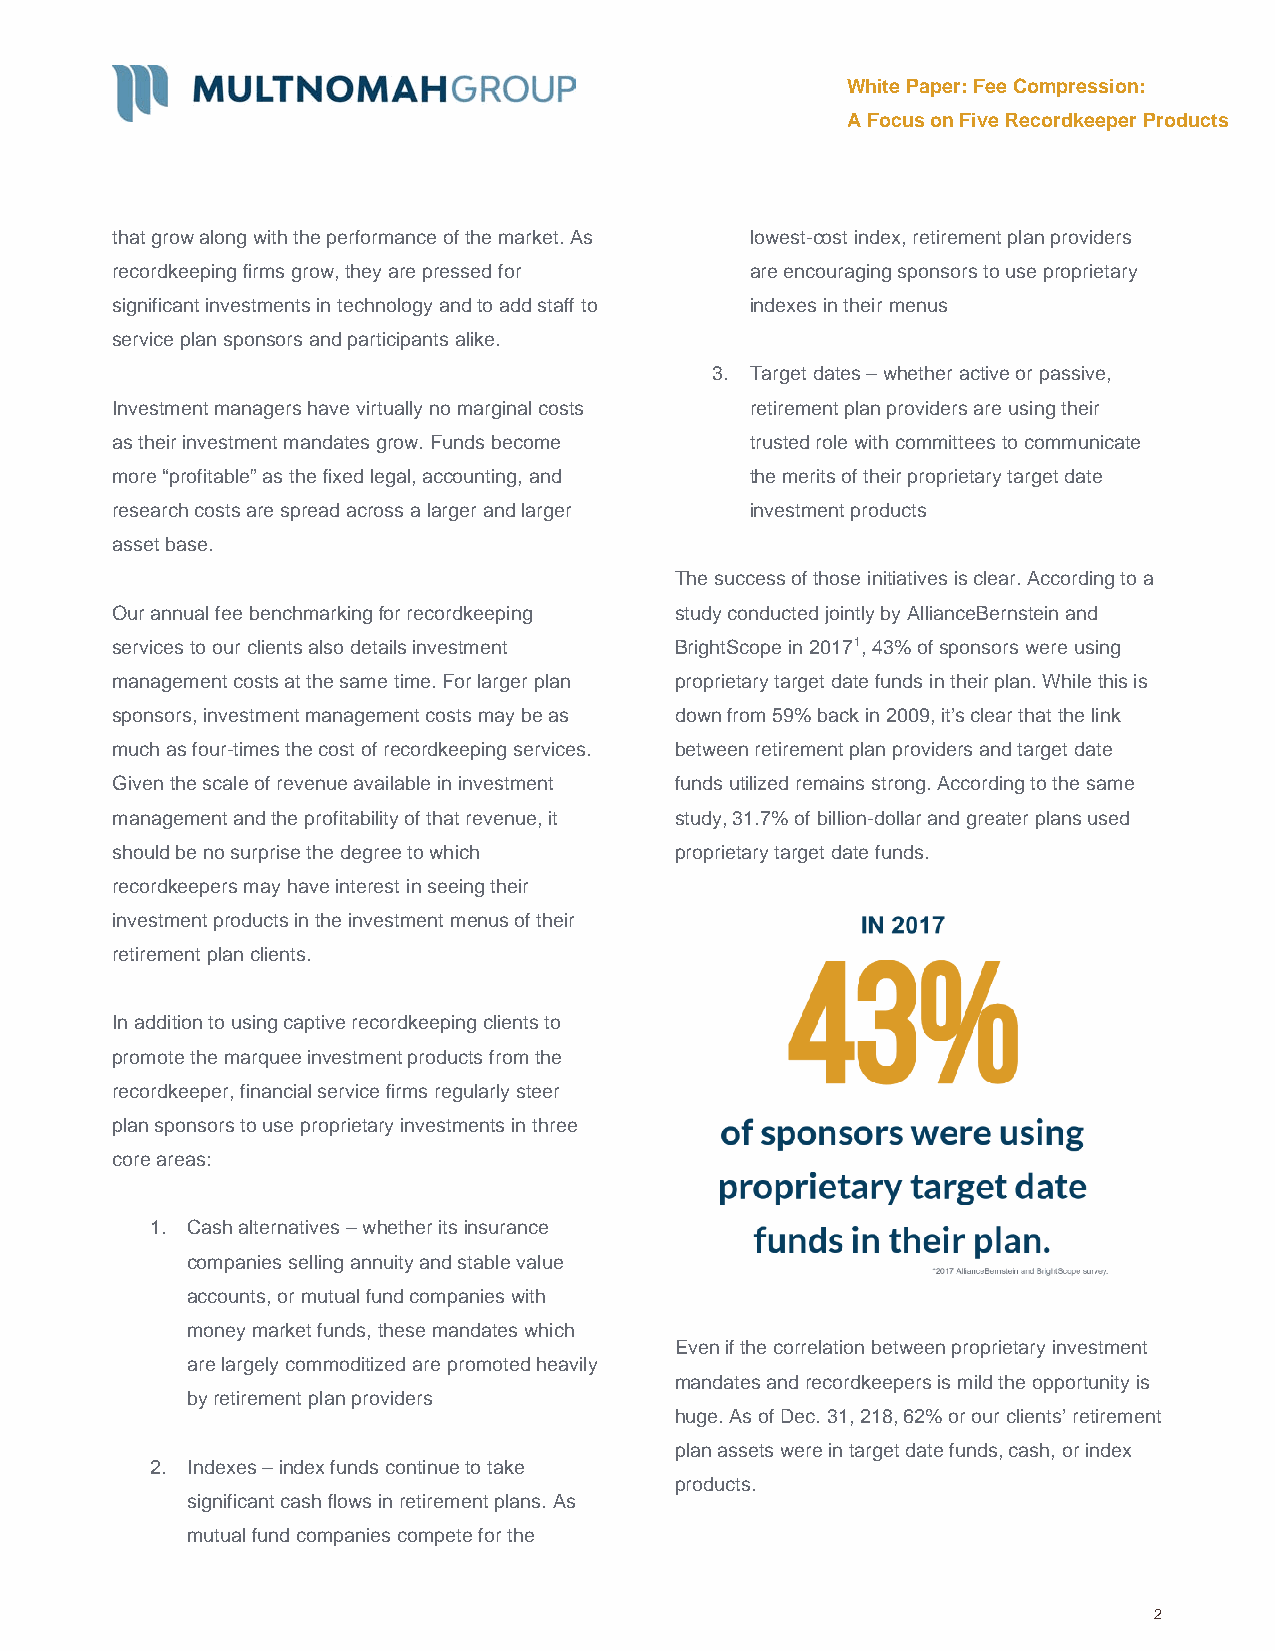
White Paper: Fee Compression:
 A Focus on Five Recordkeeper Products
 that grow along with the performance of the market. As lowest-cost index, retirement plan providers
 recordkeeping firms grow, they are pressed for are encouraging sponsors to use proprietary
 significant investments in technology and to add staff to indexes in their menus
 service plan sponsors and participants alike.
 3. Target dates – whether active or passive,
 Investment managers have virtually no marginal costs retirement plan providers are using their
 as their investment mandates grow. Funds become trusted role with committees to communicate
 more “profitable” as the fixed legal, accounting, and the merits of their proprietary target date
 research costs are spread across a larger and larger investment products
 asset base.
 The success of those initiatives is clear. According to a
 Our annual fee benchmarking for recordkeeping study conducted jointly by AllianceBernstein and
 services to our clients also details investment BrightScope in 20171, 43% of sponsors were using
 management costs at the same time. For larger plan proprietary target date funds in their plan. While this is
 sponsors, investment management costs may be as down from 59% back in 2009, it’s clear that the link
 much as four-times the cost of recordkeeping services. between retirement plan providers and target date
 Given the scale of revenue available in investment funds utilized remains strong. According to the same
 management and the profitability of that revenue, it study, 31.7% of billion-dollar and greater plans used
 should be no surprise the degree to which proprietary target date funds.
 recordkeepers may have interest in seeing their
 investment products in the investment menus of their
 retirement plan clients.
 In addition to using captive recordkeeping clients to
 promote the marquee investment products from the
 recordkeeper, financial service firms regularly steer
 plan sponsors to use proprietary investments in three
 core areas:
 1. Cash alternatives – whether its insurance
 companies selling annuity and stable value
 accounts, or mutual fund companies with
 money market funds, these mandates which
 Even if the correlation between proprietary investment
 are largely commoditized are promoted heavily
 mandates and recordkeepers is mild the opportunity is
 by retirement plan providers
 huge. As of Dec. 31, 218, 62% or our clients’ retirement
 plan assets were in target date funds, cash, or index
 2. Indexes – index funds continue to take
 products.
 significant cash flows in retirement plans. As
 mutual fund companies compete for the
 2